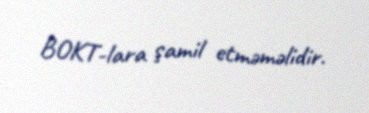
BOKT-lara şamil etməməlidir.